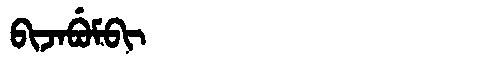
Manchu: ᠪᡳᠵᠠᠪᡠᠮᠪᡳ
Romanization: BIJABUMBI